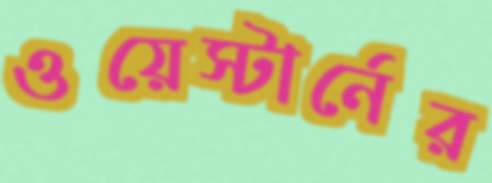
ওয়েস্টার্নের